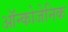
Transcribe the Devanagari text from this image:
ऑन्कोजेनिक